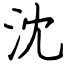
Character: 沈